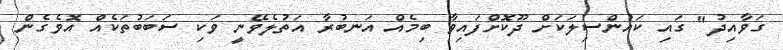
ގަވާއިދު" ގައި ކައުންސިލަކަށް ދޫކޮށްފައިވާ ބިމެއް އަނބުރާ އަތުލެވޭނީ ވަކި ސަބަބުތަކެއް އޮވެގެން